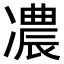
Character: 𠘊